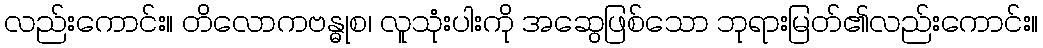
လည်းကောင်း။ တိလောကဗန္ဓုစ၊ လူသုံးပါးကို အဆွေဖြစ်သော ဘုရားမြတ်၏လည်းကောင်း။